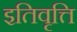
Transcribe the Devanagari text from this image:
इतिवृत्ति